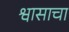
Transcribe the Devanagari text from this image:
श्वासाचा